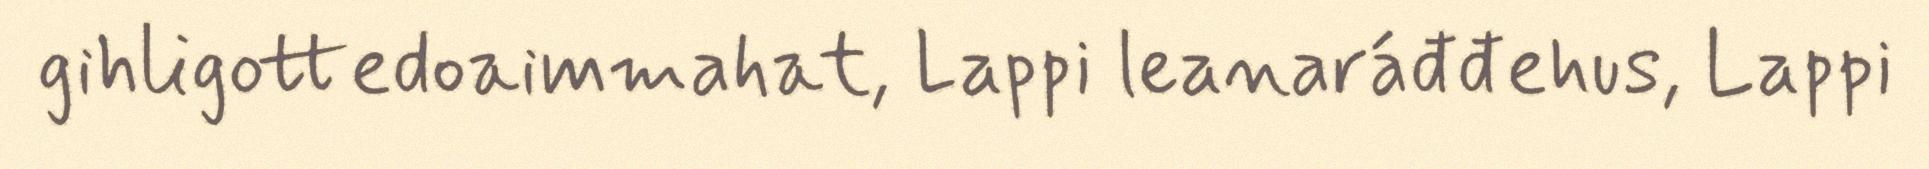
gihligottedoaimmahat, Lappi leanaráđđehus, Lappi